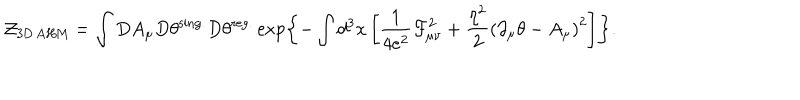
LaTeX: { \cal Z } _ { \mathrm { 3 D { \, } A H M } } = \int D A _ { \mu } D \theta ^ { \mathrm { s i n g . } } D \theta ^ { \mathrm { r e g . } } \exp \left\{ - \int d ^ { 3 } x \left[ \frac { 1 } { 4 e ^ { 2 } } { \cal F } _ { \mu \nu } ^ { 2 } + \frac { \eta ^ { 2 } } { 2 } \left( \partial _ { \mu } \theta - A _ { \mu } \right) ^ { 2 } \right] \right\} .